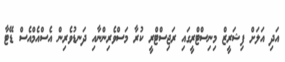
އަދި އަލަށް ފިޝަރީޒް މިނިސްޓްރީގައި ރަޖިސްޓްރީ ކުރާ މަސްވެރިންނާއި ދަނޑުވެރިން އެސްއެމްއެސް ޑޭޓާ